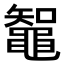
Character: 鼅